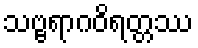
သဗ္ဗရာဂဝိရတ္တဿ